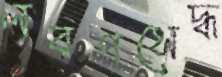
লবণসেদ্ধ